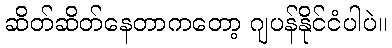
ဆိတ်ဆိတ်နေတာကတော့ ဂျပန်နိုင်ငံပါပဲ။